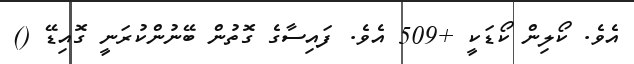
އެވެ. ކޯލިން ކޯޑަކީ +509 އެވެ. ފައިސާގެ ގޮތުން ބޭނުންކުރަނީ ގޮއިޑޭ ()